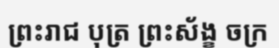
ព្រះរាជ បុត្រ ព្រះស័ង្ខ ចក្រ